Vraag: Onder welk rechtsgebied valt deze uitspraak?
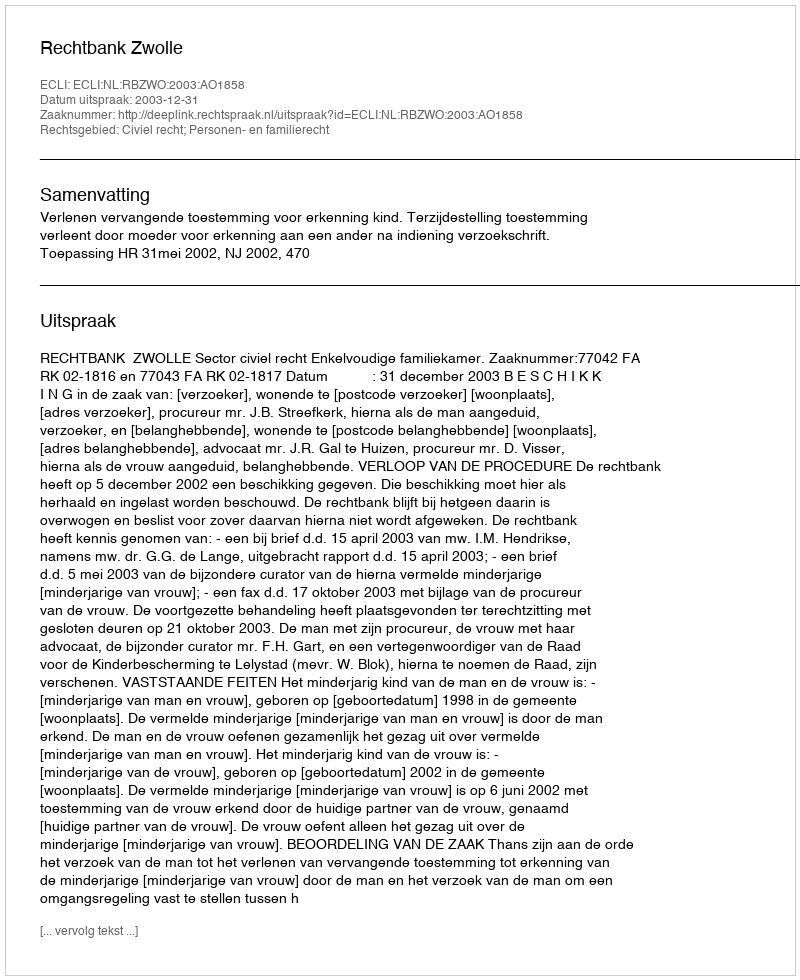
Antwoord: Civiel recht; Personen- en familierecht